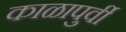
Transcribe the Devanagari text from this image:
काळापुर्वी